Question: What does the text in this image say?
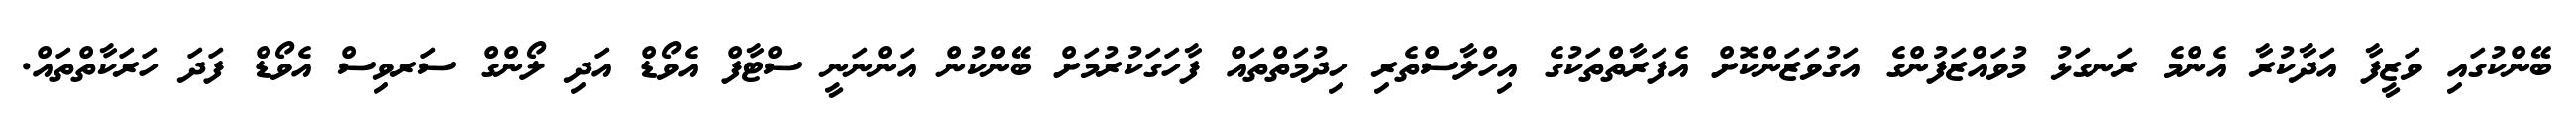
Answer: ބޭންކުގައި ވަޒީފާ އަދާކުރާ އެންމެ ރަނގަޅު މުވައްޒަފުންގެ އަގުވަޒަންކޮށް އެފަރާތްތަކުގެ އިހްލާސްތެރި ހިދުމަތްތައް ފާހަގަކުރުމަށް ބޭންކުން އަންނަނީ ސްޓާފް އެވޯޑް އަދި ލޯންގް ސަރވިސް އެވޯޑް ފަދަ ހަރަކާތްތައް.